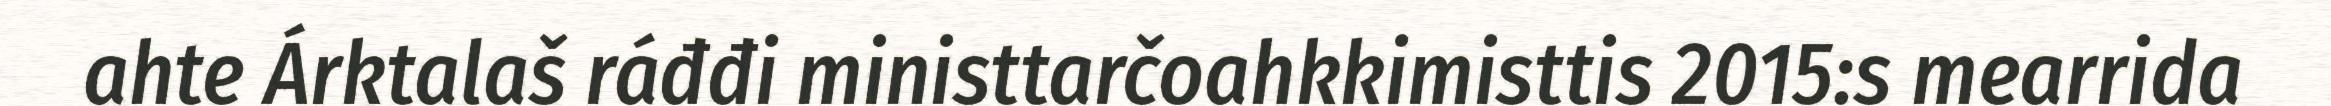
ahte Árktalaš ráđđi ministtarčoahkkimisttis 2015:s mearrida